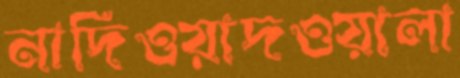
নাদিওয়াদওয়ালা